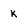
Character: K